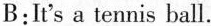
B:It's a tennis ball.